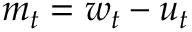
m _ { t } = w _ { t } - u _ { t }